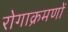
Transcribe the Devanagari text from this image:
रोगाक्रमणों